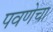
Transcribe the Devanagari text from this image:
पवणेचा